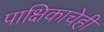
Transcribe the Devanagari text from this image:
पाक्षिकाचेही